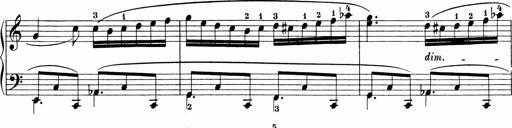
Title: Sonatinen Op.47, 98 und 136, nebst 6 Liedersonatinen
Composer: Carl Reinecke